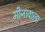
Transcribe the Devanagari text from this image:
मीनावाला